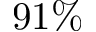
9 1 \%